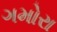
ગમોરા